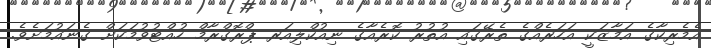
އެމެރިކާގެ އަމާޒަކީ އަހަރެއްގެ ތެރޭގައި އުތުރު ކޮރެއާގެ ނިއުކްލިއަރ ޕްރޮގްރާމް ހުއްޓުވުމަކަށް ގެނައުމަށެވެ.